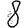
Digit: 8